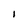
Character: i